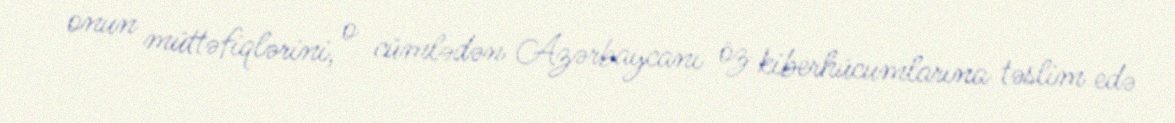
onun müttəfiqlərini, o cümlədən Azərbaycanı öz kiberhücumlarına təslim edə